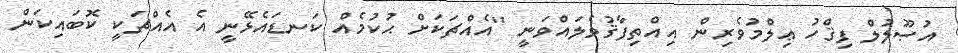
އުޞޫލުލް ފިޤްހު ޢިލްމުވެރިން އިއްތިފާޤުވެލައްވަނީ ''އެއްޗަކަށް ޙުކުމެއް ކަނޑައެޅޭނީ އެ އެއްޗަކީ ކޮބައިކަން